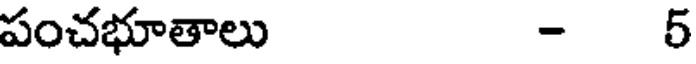
పంచభూతాలు - 5